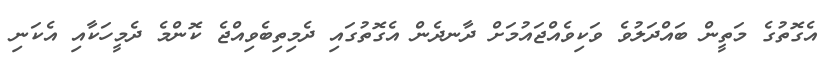
އެގޮތުގެ މަތީން ބައްދަލުވެ ވަކިވެއްޖައުމަށް ދާނދެން އެގޮތުގައި ދެމިތިބެވިއްޖެ ކޮންމެ ދެމީހަކާއި އެކަނި